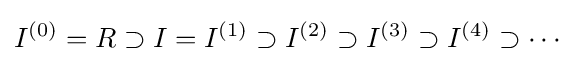
I^{(0)}=R\supset I=I^{(1)}\supset I^{(2)}\supset I^{(3)}\supset I^{(4)}\supset \cdots